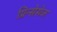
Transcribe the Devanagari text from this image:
प्रिन्सेसेज